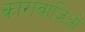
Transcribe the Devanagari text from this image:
कारावाजिओ